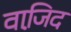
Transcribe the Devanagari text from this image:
वाजि़द